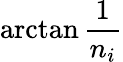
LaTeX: \arctan{\frac{1}{n_{i}}}